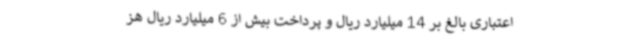
اعتباری بالغ بر 14 میلیارد ریال و پرداخت بیش از 6 میلیارد ریال هز